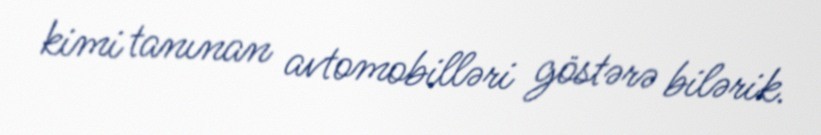
kimi tanınan avtomobilləri göstərə bilərik.